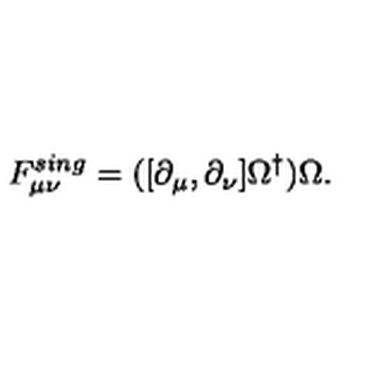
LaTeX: F _ { \mu \nu } ^ { s i n g } = ( [ \partial _ { \mu } , \partial _ { \nu } ] \Omega ^ { \dag } ) \Omega .